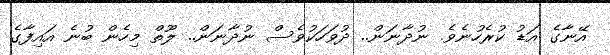
އޭނާގެ އަޑު ކުރެހުނެވެ. ނުދާނަން.. ދުވަހަކުވެސް ނުދާނަން.. ލޫތް މިހެން ބުނެ އައިފާގެ